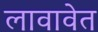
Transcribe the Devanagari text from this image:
लावावेत